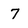
Character: 7